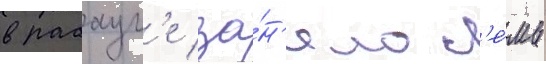
в рабаул'е за́н'яло с'е́мь